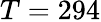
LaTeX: T=294